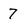
Character: 7